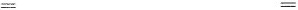
= =